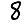
Digit: 8